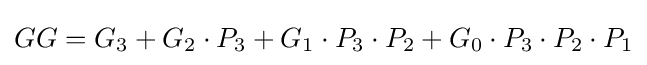
GG=G_{3}+G_{2}\cdot P_{3}+G_{1}\cdot P_{3}\cdot P_{2}+G_{0}\cdot P_{3}\cdot P_{2}\cdot P_{1}